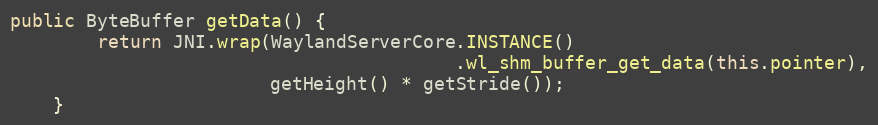
Language: Java
public ByteBuffer getData() {
        return JNI.wrap(WaylandServerCore.INSTANCE()
                                         .wl_shm_buffer_get_data(this.pointer),
                        getHeight() * getStride());
    }